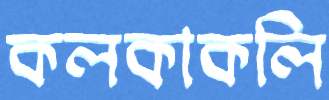
কলকাকলি